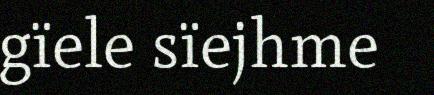
gïele sïejhme